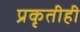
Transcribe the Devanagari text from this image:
प्रकृतीही